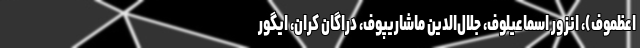
اعظموف)، انزور اسماعیلوف، جلال‌الدین ماشاریپوف، دراگان کران، ایگور